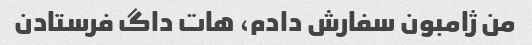
من ژامبون سفارش دادم، هات داگ فرستادن